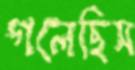
গলেছিস